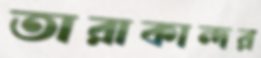
তারাকান্দর